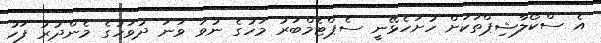
އެ ސްކޯލާޝިޕްތަކަށް ހުށަހެޅޭނީ ސެޕްޓެމްބަރު މަހުގެ ނުވަ ވަނަ ދުވަހުގެ މެންދުރު ފަހު